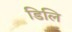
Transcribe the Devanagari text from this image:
डिलि